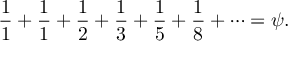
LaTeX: { \frac { 1 } { 1 } } + { \frac { 1 } { 1 } } + { \frac { 1 } { 2 } } + { \frac { 1 } { 3 } } + { \frac { 1 } { 5 } } + { \frac { 1 } { 8 } } + \cdots = \psi .